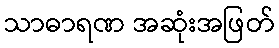
သာဓာရဏ အဆုံးအဖြတ်